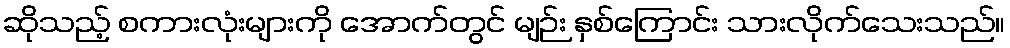
ဆိုသည့် စကားလုံးများကို အောက်တွင် မျဉ်း နှစ်ကြောင်း သားလိုက်သေးသည်။